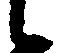
候